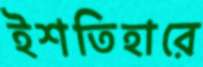
ইশতিহারে